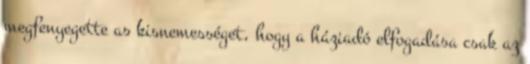
megfenyegette as kisnemességet, hogy a háziadó elfogadása csak az